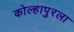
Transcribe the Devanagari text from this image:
कोल्हापुरला